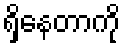
ရှိနေတာကို